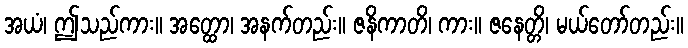
အယံ၊ ဤသည်ကား။ အတ္ထော၊ အနက်တည်း။ ဇနိကာတိ၊ ကား။ ဇနေတ္တိ၊ မယ်တော်တည်း။